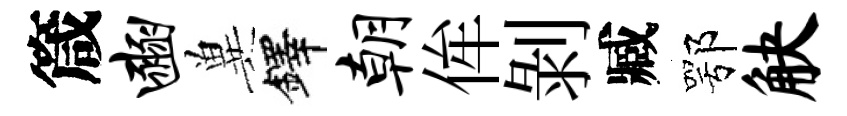
箴豳兾鐸朝侔剝臧鄂觖